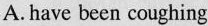
A.have been coughing